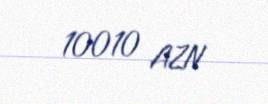
10010 AZN